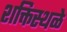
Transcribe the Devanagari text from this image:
शक्तिस्थळे